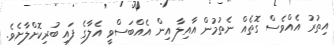
އިތުރު އެއްވެސް ގޮތެއް ނެތުމުން އާއިލާ އިން އެއްބަސްވީ އެލާގެ ފައި ބުރިކޮށްލާށެވެ.